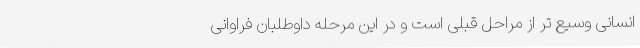
انسانی وسیع تر از مراحل قبلی است و در این مرحله داوطلبان فراوانی